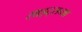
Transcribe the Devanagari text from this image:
साइट्‌सच्या